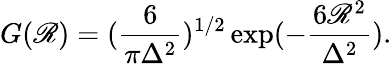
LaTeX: G(\mathscr{R})=(\frac{{6}}{{\pi\Delta^{2}}})^{1/2}\exp(-\frac{{6\mathscr{R}^{2}}}{{\Delta^{2}}}).